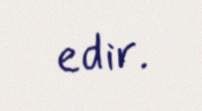
edir.